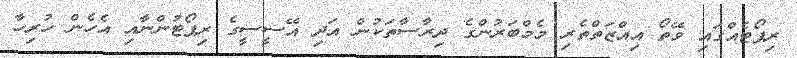
ރިޕޯޓެއްގައި ވޭތޯ އިއްޒަތްތެރި މެމްބަރުންގެ ދިރާސާތަކުން އަދި އޭސީސީގެ ރިޕޯޓުންނާއި އެހެން ހުރިހާ